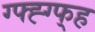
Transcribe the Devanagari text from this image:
ग्फ्ह्ग्फ्ह